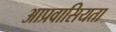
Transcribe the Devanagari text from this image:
आप्रवासियता